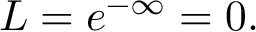
L = { e } ^ { - \infty } = 0 .